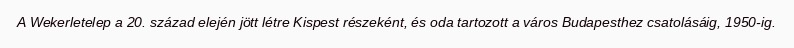
A Wekerletelep a 20. század elején jött létre Kispest részeként, és oda tartozott a város Budapesthez csatolásáig, 1950-ig.